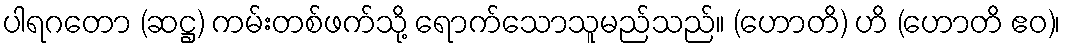
ပါရဂတော (ဆဋ္ဌ) ကမ်းတစ်ဖက်သို့ ရောက်သောသူမည်သည်။ (ဟောတိ) ဟိ (ဟောတိ ဧဝ)၊